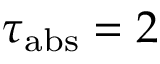
\tau _ { \mathrm { a b s } } = 2